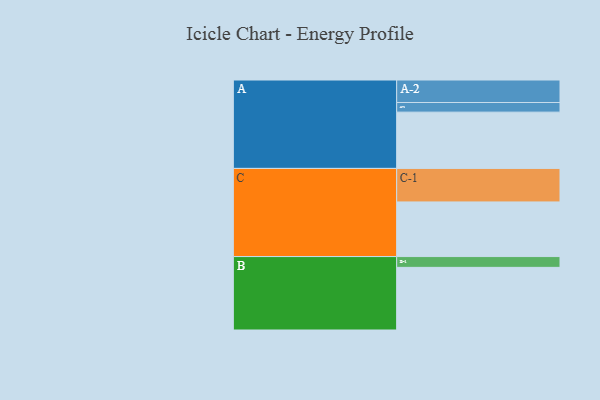
{"axis": {"x": "Segment", "y": "Value"}, "legend": ["", "A", "B", "C"], "data": [{"x": "A", "y": 443, "type": ""}, {"x": "B", "y": 493, "type": ""}, {"x": "C", "y": 430, "type": ""}, {"x": "A-1", "y": 76, "type": "A"}, {"x": "A-2", "y": 177, "type": "A"}, {"x": "B-1", "y": 85, "type": "B"}, {"x": "C-1", "y": 264, "type": "C"}]}